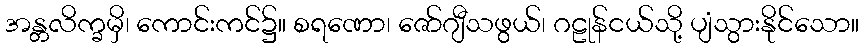
အန္တလိက္ခမှိ၊ ကောင်းကင်၌။ စရဏော၊ ဇော်ဂျီသဖွယ်၊ ဂဠုန်ငယ်သို့ ပျံသွားနိုင်သော။